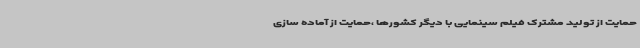
حمایت از تولید مشترک فیلم سینمایی با دیگر کشورها ،حمایت از آماده سازی